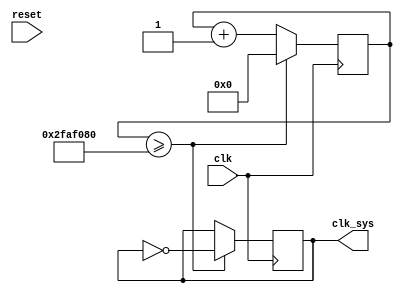
`timescale 1ns / 1ps
//////////////////////////////////////////////////////////////////////////////////
// Company: 
// Engineer: 
// 
// Design Name: 
// Module Name: clock_div
// Project Name: 
// Target Devices: 
// Tool Versions: 
// Description: 
// 
// Dependencies: 
// 
// Revision:
// Revision 0.01 - File Created
// Additional Comments:
// 
//////////////////////////////////////////////////////////////////////////////////


module clock_div(
clk, //100MHz
clk_sys ,reset//1Hz
    );
   input clk;
   input reset;
   output clk_sys;
    reg clk_sys = 0;
    reg [25:0] div_counter = 0;
   always @(posedge clk) begin
    if(div_counter>=50000000) begin
     clk_sys<=~clk_sys;
    div_counter<=0;
   end else begin
    div_counter <= div_counter + 1;
   end
  end
endmodule